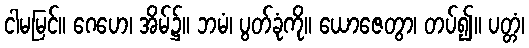
ငါမမြင်။ ဂေဟေ၊ အိမ်၌။ ဘမံ၊ ပွတ်ခုံကို။ ယောဇေတွာ၊ တပ်၍။ ပတ္တံ၊